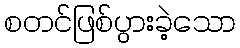
စတင်ဖြစ်ပွားခဲ့သော